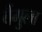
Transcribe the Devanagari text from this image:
बैंगुला